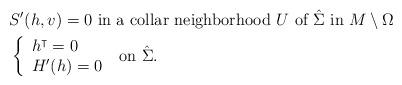
LaTeX: \begin{align*}&S' (h, v)=0 \mbox { in a collar neighborhood $U$ of $\hat\Sigma$ in } M\setminus \Omega\\&\left\{ \begin{array}{l} h^\intercal =0\\ H'(h)=0\end{array} \right.\mbox { on } \hat \Sigma.\end{align*}